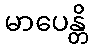
မာပေန္တိ